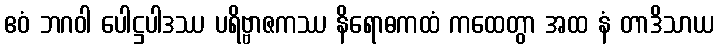
ဧဝံ ဘဂဝါ ပေါဋ္ဌပါဒဿ ပရိဗ္ဗာဇကဿ နိရောဓကထံ ကထေတွာ အထ နံ တာဒိသာယ